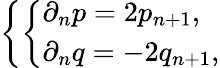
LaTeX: \left\{ \left\{ \begin{array}{ll}{{\partial_{n}p=2p_{n+1},}}\\ {{\partial_{n}q=-2q_{n+1},}}\end{array}\right.\right.